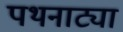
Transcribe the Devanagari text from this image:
पथनाट्या